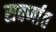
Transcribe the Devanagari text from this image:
सवर्णात